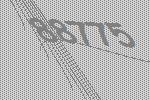
88775